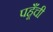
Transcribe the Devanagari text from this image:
पहूँची